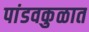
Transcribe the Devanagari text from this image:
पांडवकुळात